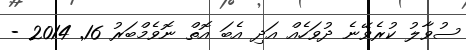
ސުވާލު ކުރެވޭނެ ދުވަހެއް އަދި އެބަ އޮތް ނޮވެމްބަރު 16